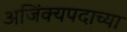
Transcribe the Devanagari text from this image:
अजिंक्यपदाच्या